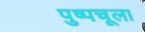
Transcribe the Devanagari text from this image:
पुष्पचूला